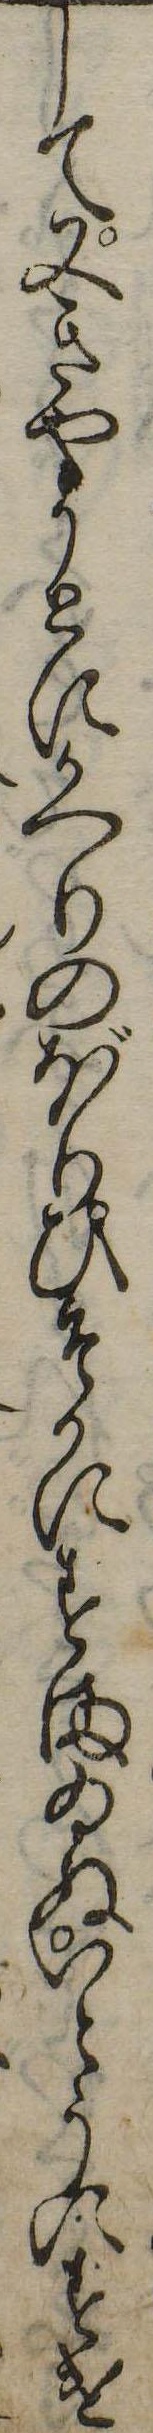
して又きやうとにかへりのぼりひそかにすまゐぬいとうにすけ